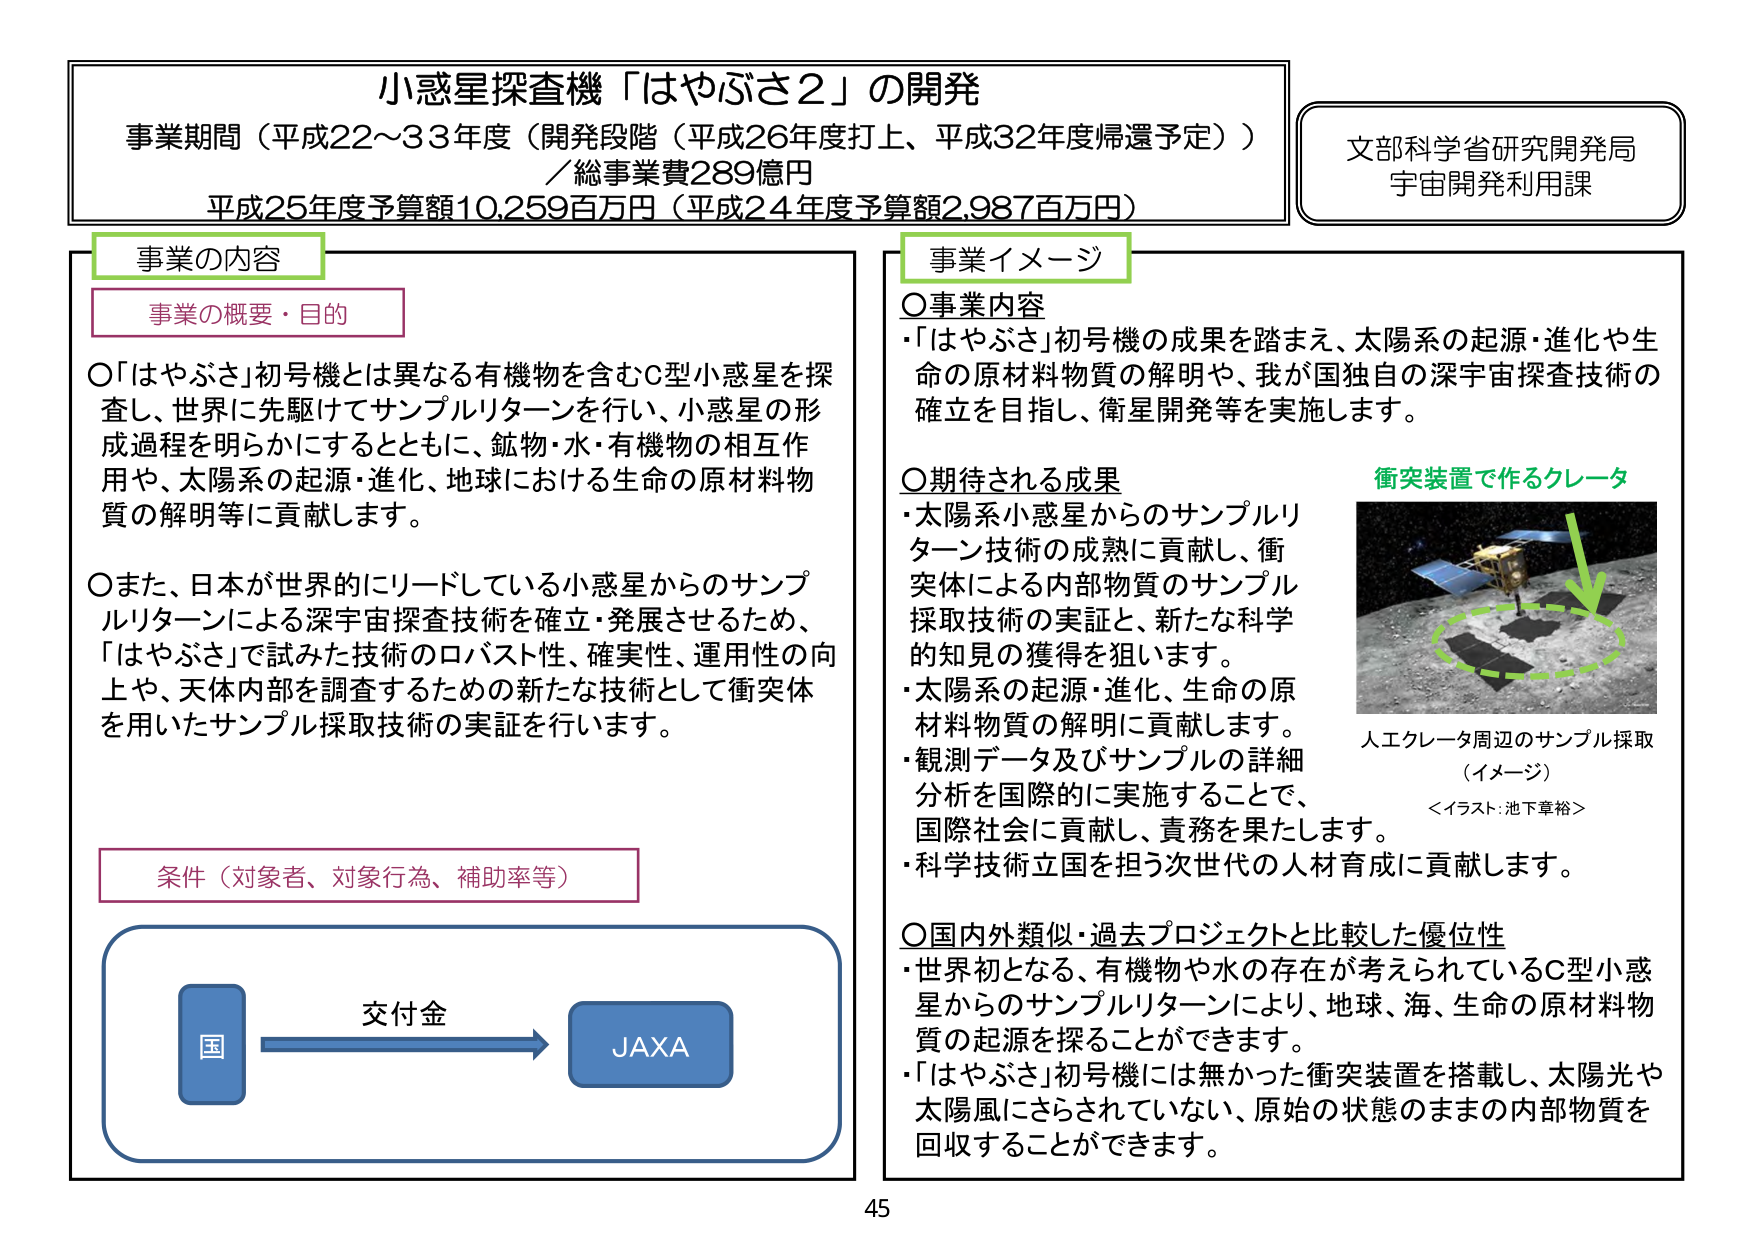
小惑星探査機「はやぶさ2」の開発
事業期間（平成22～33年度（開発段階（平成26年度打上、平成32年度帰還予定））
／総事業費289億円
平成25年度予算額10,259百万円（平成24年度予算額2,987百万円）

文部科学省研究開発局
宇宙開発利用課

事業の内容
事業の概要・目的
○「はやぶさ」初号機とは異なる有機物を含むC型小惑星を探査し、世界に先駆けてサンプルリターンを行い、小惑星の形成過程を明らかにするとともに、鉱物・水・有機物の相互作用や、太陽系の起源・進化、地球における生命の原材料物質の解明等に貢献します。
○また、日本が世界的にリードしている小惑星からのサンプルリターンによる深宇宙探査技術を確立・発展させるため、「はやぶさ」で試みた技術のロバスト性、確実性、運用性の向上や、天体内部を調査するための新たな技術として衝突体を用いたサンプル採取技術の実証を行います。

条件（対象者、対象行為、補助率等）
国 → 交付金 → JAXA

事業イメージ
○事業内容
・「はやぶさ」初号機の成果を踏まえ、太陽系の起源・進化や生命の原材料物質の解明や、我が国独自の深宇宙探査技術の確立を目指し、衛星開発等を実施します。

○期待される成果
・太陽系小惑星からのサンプルリターン技術の成熟に貢献し、衝突体による内部物質のサンプル採取技術の実証と、新たな科学的知見の獲得を狙います。
・太陽系の起源・進化、生命の原材料物質の解明に貢献します。
・観測データ及びサンプルの詳細分析を国際的に実施することで、国際社会に貢献し、責務を果たします。
・科学技術立国を担う次世代の人材育成に貢献します。

○国内外類似・過去プロジェクトと比較した優位性
・世界初となる、有機物や水の存在が考えられているC型小惑星からのサンプルリターンにより、地球、海、生命の原材料物質の起源を探ることができます。
・「はやぶさ」初号機には無かった衝突装置を搭載し、太陽光や太陽風にさらされていない、原始の状態のままの内部物質を回収することができます。

衝突装置で作るクレータ
人エクレータ周辺のサンプル採取（イメージ）
＜イラスト：池下章裕＞

45